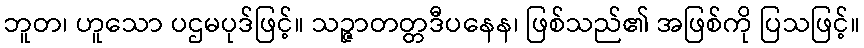
ဘူတ၊ ဟူသော ပဌမပုဒ်ဖြင့်။ သဉ္ဇာတတ္တဒီပနေန၊ ဖြစ်သည်၏ အဖြစ်ကို ပြသဖြင့်။